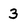
Character: 3